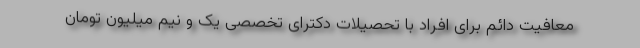
معافیت دائم برای افراد با تحصیلات دکترای تخصصی یک و نیم میلیون تومان